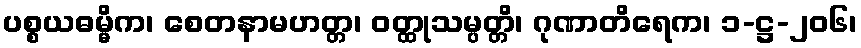
ပစ္စယဓမ္မိက၊ စေတနာမဟတ္တ၊ ဝတ္ထုသမ္ပတ္တိ၊ ဂုဏာတိရေက၊ ၁-ဋ္ဌ-၂၀၆၊